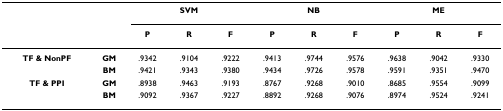
<table><thead><tr><td></td><td></td><td colspan="3"><b>SVM</b></td><td colspan="3"><b>NB</b></td><td colspan="3"><b>ME</b></td></tr><tr><td></td><td></td><td><b>P</b></td><td><b>R</b></td><td><b>F</b></td><td><b>P</b></td><td><b>R</b></td><td><b>F</b></td><td><b>P</b></td><td><b>R</b></td><td><b>F</b></td></tr></thead><tbody><tr><td><b>TF &amp; NonPF</b></td><td><b>GM</b></td><td>.9342</td><td>.9104</td><td>.9222</td><td>.9413</td><td>.9744</td><td>.9576</td><td>.9638</td><td>.9042</td><td>.9330</td></tr><tr><td></td><td><b>BM</b></td><td>.9421</td><td>.9343</td><td>.9380</td><td>.9434</td><td>.9726</td><td>.9578</td><td>.9591</td><td>.9351</td><td>.9470</td></tr><tr><td><b>TF &amp; PPI</b></td><td><b>GM</b></td><td>.8938</td><td>.9463</td><td>.9193</td><td>.8767</td><td>.9268</td><td>.9010</td><td>.8685</td><td>.9554</td><td>.9099</td></tr><tr><td></td><td><b>BM</b></td><td>.9092</td><td>.9367</td><td>.9227</td><td>.8892</td><td>.9268</td><td>.9076</td><td>.8974</td><td>.9524</td><td>.9241</td></tr></tbody></table>